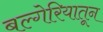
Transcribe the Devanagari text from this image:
बल्गेरियातून